Vital statistics of India. Vol. V, Reports of 1876 on armies & jails and on epidemic cholera
Year: 1876
Disease focus: Cholera
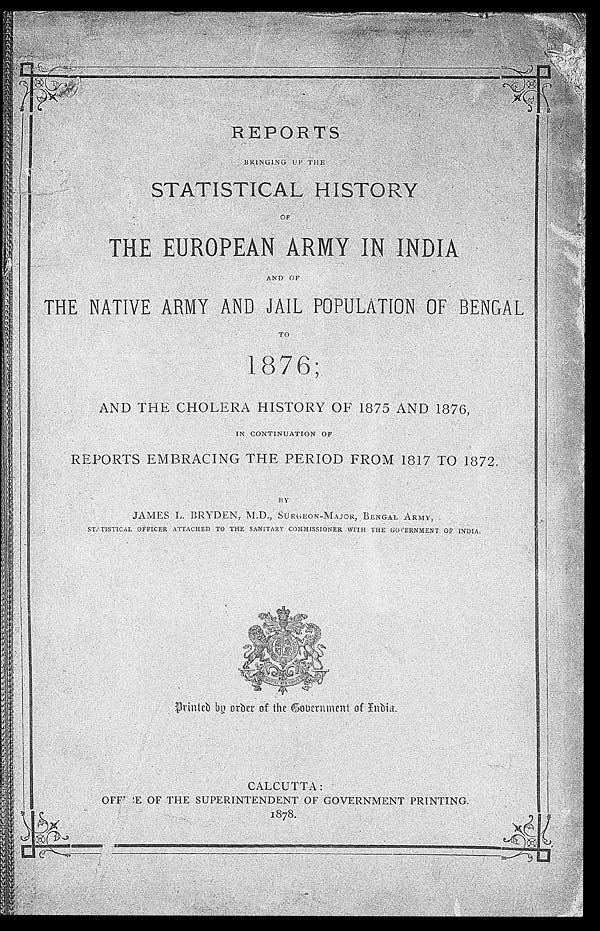
REPORTS BRINGING UP THE
STATISTICAL HISTORY
OF
THE EUROPEAN ARMY IN INDIA
AND OF
THE NATIVE ARMY AND JAIL POPULATION OF BENGAL
TO
AND THE CHOLERA HISTORY OF 1875 AND 1876,
REPORTS EMBRACING THE PERIOD FROM 1817 TO 1872.
JAMES L. BRYDEN, M.D., SURGEON-MAJOR, BENGAL ARMY,
STATISTICAL OFFICER ATTACHED TO THE SANITARY COMMISSIONER WITH THE GOVERNMENT OF INDIA.
Printed by order of the Government of India.
CALCUTTA:
OFFICE OF THE SUPERINTENDENT OF GOVERNMENT PRINTING.
1878.